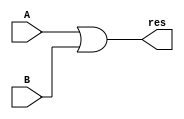
module OR_DF(res, A, B);
input A, B;
output res;
assign res = A | B;
endmodule